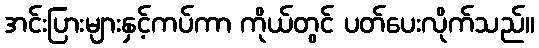
အင်းပြားများနှင့်ကပ်ကာ ကိုယ်တွင် ပတ်ပေးလိုက်သည်။